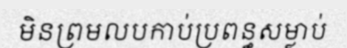
មិនព្រមលបកាប់ប្រពន្ធសម្លាប់